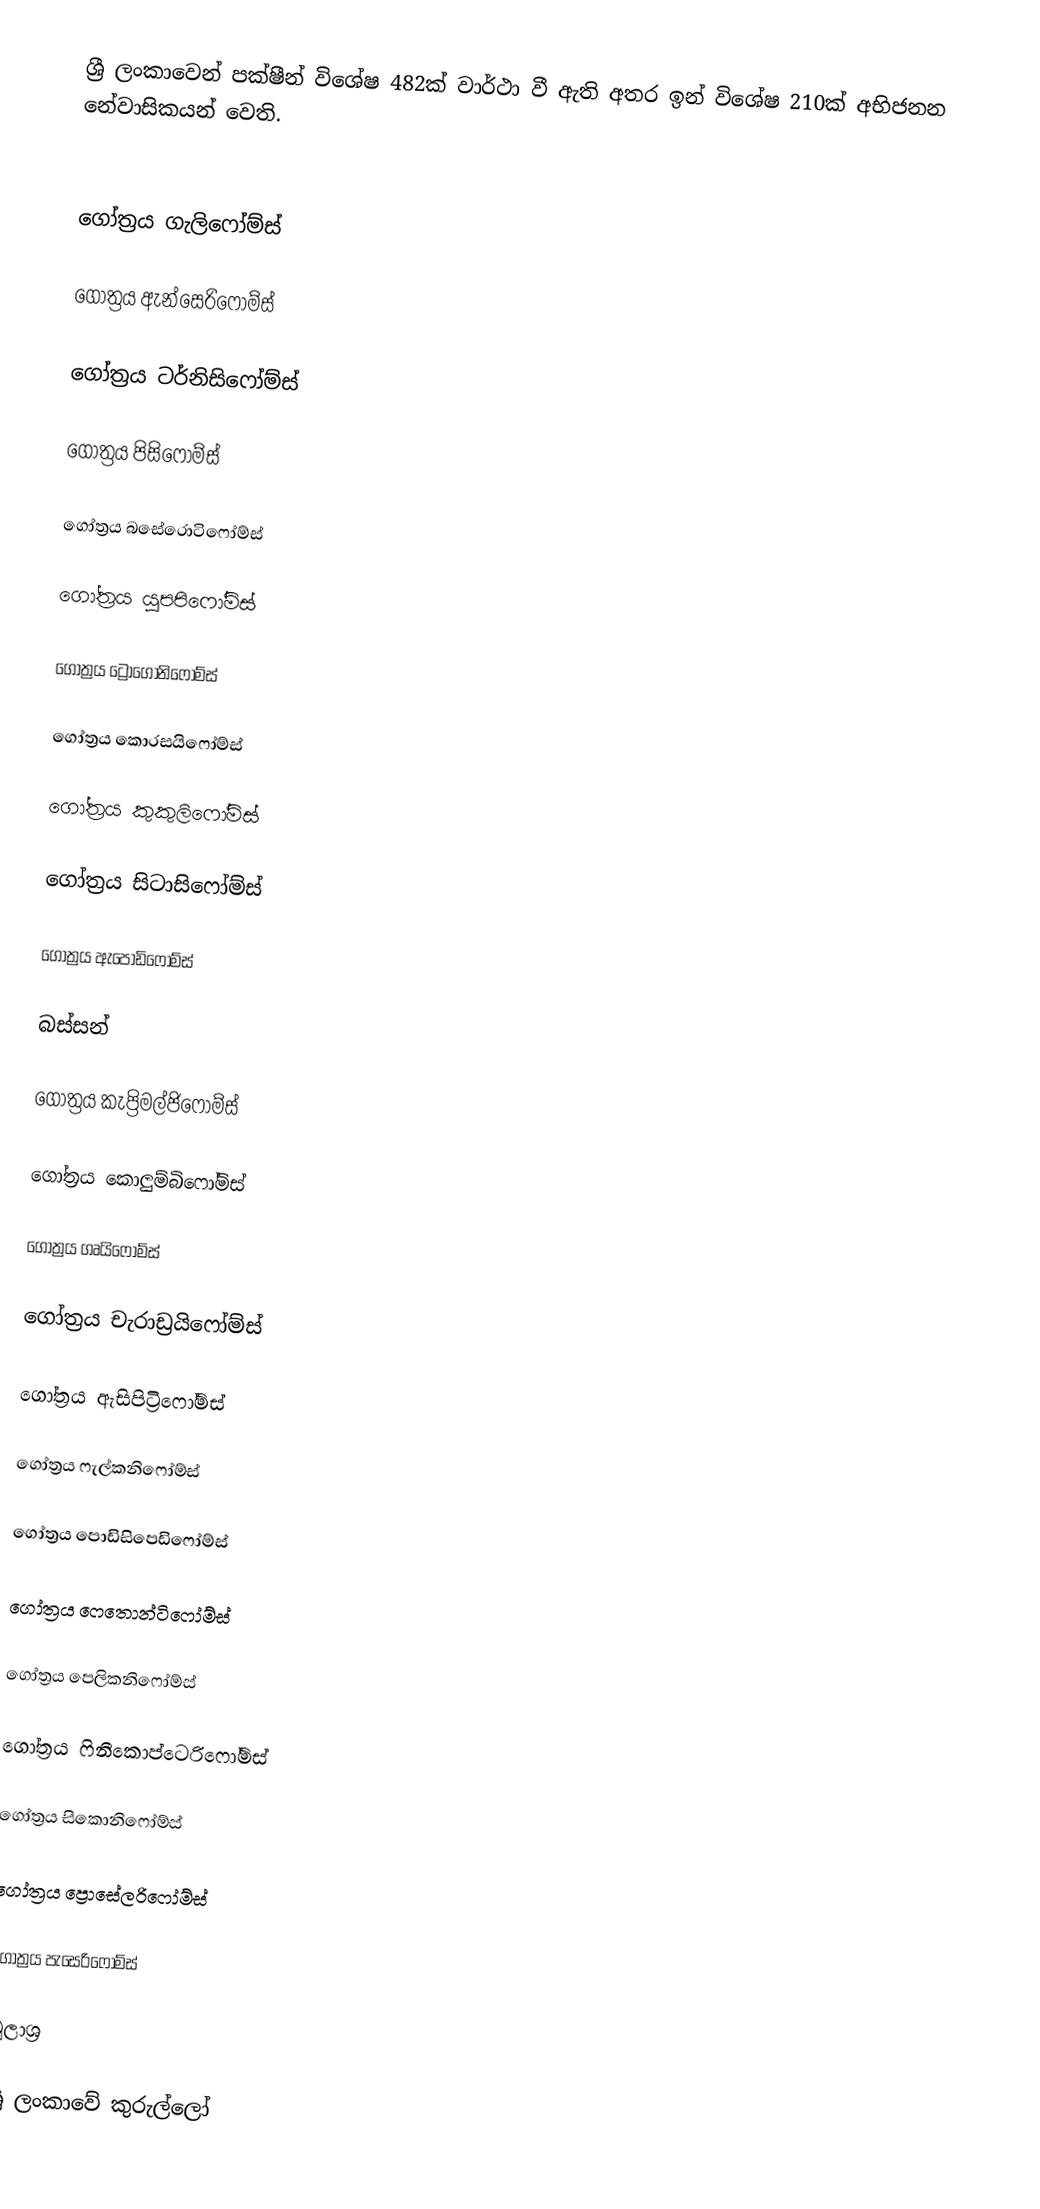
ශ්‍රී ලංකාවෙන් පක්ෂීන් විශේෂ 482ක් වාර්ථා වී ඇති අතර ඉන් විශේෂ 210ක් අභිජනන නේවාසිකයන් වෙති.

ගෝත්‍රය ගැලිෆෝම්ස්

ගෝත්‍රය ඇන්සෙරිෆෝම්ස්

ගෝත්‍රය ටර්නිසිෆෝම්ස්

ගෝත්‍රය පිසිෆෝම්ස්

ගෝත්‍රය බසේරොටිෆෝම්ස්

ගෝත්‍රය යුපපිෆෝම්ස්

ගෝත්‍රය ට්‍රෝගොනිෆෝම්ස්

ගෝත්‍රය කොරසයිෆෝම්ස්

ගෝත්‍රය කුකුලිෆෝම්ස්

ගෝත්‍රය සිටාසිෆෝම්ස්

ගෝත්‍රය ඇපොඩිෆෝම්ස්

බස්සන්

ගෝත්‍රය කැප්‍රිමල්ජිෆෝම්ස්

ගෝත්‍රය කොලුම්බිෆෝම්ස්

ගෝත්‍රය ගෘයිෆෝම්ස්

ගෝත්‍රය චැරාඩ්‍රයිෆෝම්ස්

ගෝත්‍රය ඇසිපිට්‍රිෆෝම්ස්

ගෝත්‍රය ෆැල්කනිෆෝම්ස්

ගෝත්‍රය පොඩිසිපෙඩිෆෝම්ස්

ගෝත්‍රය ෆෙතොන්ටිෆෝම්ස්

ගෝත්‍රය පෙලිකනිෆෝම්ස්

ගෝත්‍රය ෆිනීකොප්ටෙරිෆෝම්ස්

ගෝත්‍රය සිකොනිෆෝම්ස්

ගෝත්‍රය ප්‍රොසේලරිෆෝම්ස්

ගෝත්‍රය පැසෙරිෆෝම්ස්

මූලාශ්‍ර

ශ්‍රී ලංකාවේ කුරුල්ලෝ